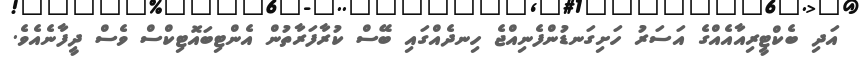
އަދި ބެކްޓީރިއާއެއްގެ އަސަރު ހަށިގަނޑުންފެނިއްޖެ ހިނދެއްގައި ބޭސް ކުރާފަރާތުން އެންޓިބައޮޓިކްސް ވެސް ދީފާނެއެވެ.